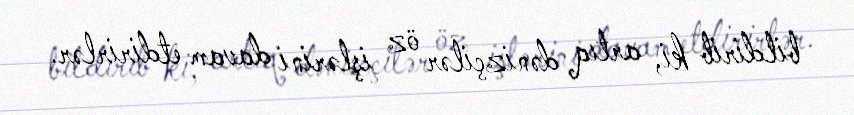
bildirib ki, artıq dənizçilər öz işlərini davam etdirirlər.